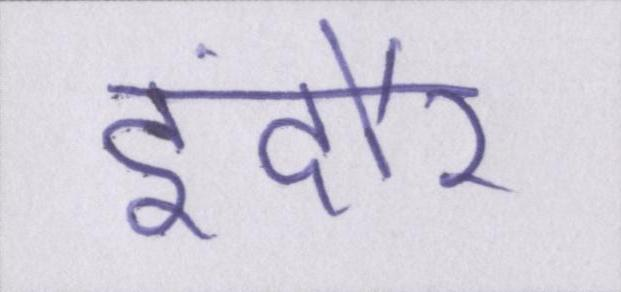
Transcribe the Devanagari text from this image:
इंदौर